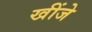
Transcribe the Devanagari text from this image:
खींजे